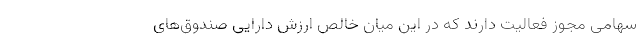
سهامی مجوز فعالیت دارند که در این میان خالص ارزش دارایی‌ صندوق‌های